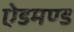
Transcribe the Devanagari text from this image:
ऐडमण्ड